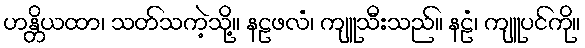
ဟန္တိယထာ၊ သတ်သကဲ့သို့။ နဠဖလံ၊ ကျူသီးသည်။ နဠံ၊ ကျူပင်ကို။